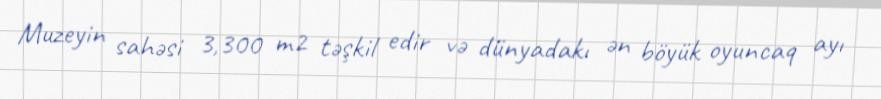
Muzeyin sahəsi 3,300 m2 təşkil edir və dünyadakı ən böyük oyuncaq ayı